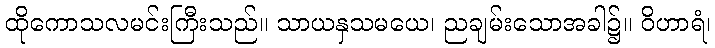
ထိုကောသလမင်းကြီးသည်။ သာယနှသမယေ၊ ညချမ်းသောအခါ၌။ ဝိဟာရံ၊